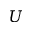
U